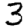
Digit: 3